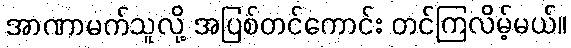
အာဏာမက်သူလို့ အပြစ်တင်ကောင်း တင်ကြလိမ့်မယ်။